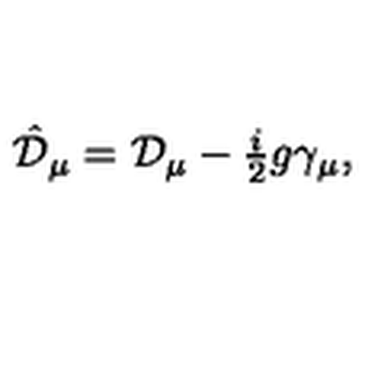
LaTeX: \hat { \cal D } _ { \mu } = { \cal D } _ { \mu } - { \textstyle \frac { i } { 2 } } g \gamma _ { \mu } ,